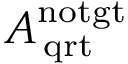
{ A _ { \, \mathrm { { q r t } } } ^ { \mathrm { { n o t g t } } } }